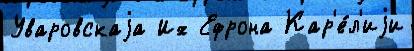
Уваровскаjа Их Ефрона Кар'е́л'иjи